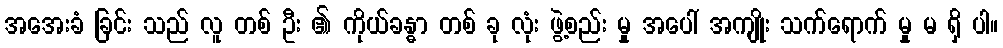
အအေးခံ ခြင်း သည် လူ တစ် ဦး ၏ ကိုယ်ခန္ဓာ တစ် ခု လုံး ဖွဲ့စည်း မှု အပေါ် အကျိုး သက်ရောက် မှု မ ရှိ ပါ။